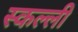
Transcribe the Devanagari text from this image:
स्कल्ली